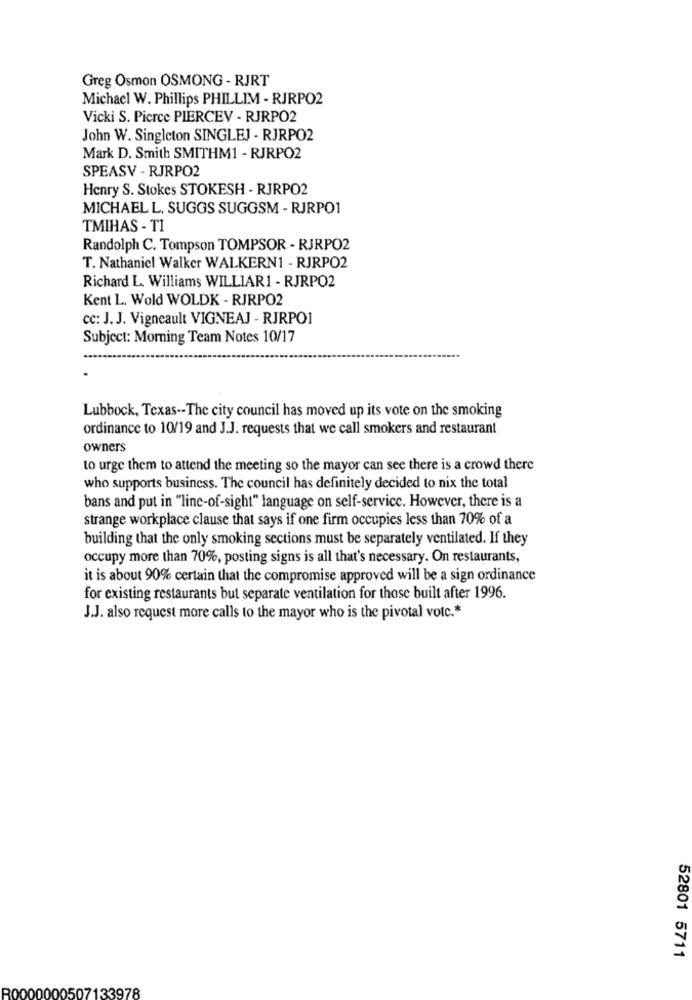
Greg Osmon OSMONG - RJRT
Michacl W. Phillips PHILLIM - RJRPO2
Vicki S. Pierce PIERCEV - RJRPO2
John W. Singleton SINGLEJ - RJRPO2
Mark D. Smith SMITHM1 - RJRPO2
SPEASV - RJRPO2
Henry S. Stokes STOKESH - RJRPO2
MICHAEL L. SUGGS SUGGSM - RJRPO1
TMIHAS - TI
Randolph C. Tompson TOMPSOR - RJRPO2
T. Nathaniel Walker WALKERN1 - RJRPO2
Richard L. Williams WILLIAR1 - RJRPO2
Kent L. Wold WOLDK - RJRPO2
cc: J. J. Vigneault VIGNEAJ - RJRPO1
Subject: Morning Team Notes 10/17
Lubbock, Texas -- The city council has moved up its vote on the smoking
ordinance to 10/19 and J.J. requests that we call smokers and restaurant
owners
to urge them to attend the meeting so the mayor can see there is a crowd there
who supports business. The council has definitely decided to nix the total
bans and put in "line-of-sight" language on self-service. However, there is a
strange workplace clause that says if one firm occupies less than 70% of a
building that the only smoking sections must be separately ventilated. If they
occupy more than 70%, posting signs is all that's necessary. On restaurants,
it is about 90% certain that the compromise approved will be a sign ordinance
for existing restaurants but separate ventilation for those built after 1996.
J.J. also request more calls to the mayor who is the pivotal votc .*
52801 5711
R0000000507133978